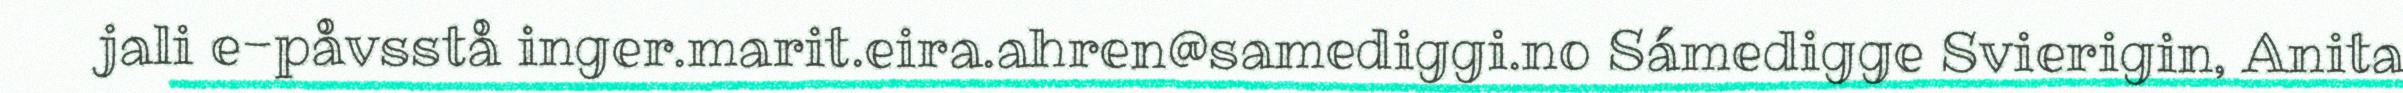
jali e-påvsstå inger.marit.eira.ahren@samediggi.no Sámedigge Svierigin, Anita